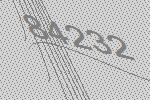
84232